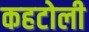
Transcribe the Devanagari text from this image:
कहटोली